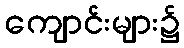
ကျောင်းများ၌